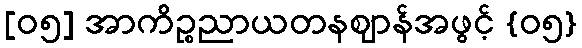
[၀၅] အာကိဉ္စညာယတနဈာန်အဖွင့် {၀၅}